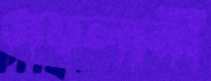
গয়লানী